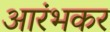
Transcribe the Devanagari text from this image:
आरंभकर